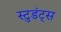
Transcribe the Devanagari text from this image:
स्टुडंट्‌स